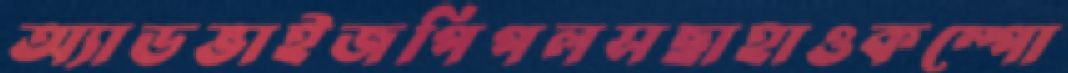
অ্যাডভাইজপিপলসছাহাওকম্পো